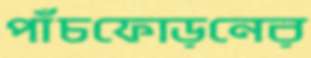
পাঁচফোড়নের